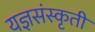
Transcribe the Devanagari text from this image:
यज्ञसंस्कृती